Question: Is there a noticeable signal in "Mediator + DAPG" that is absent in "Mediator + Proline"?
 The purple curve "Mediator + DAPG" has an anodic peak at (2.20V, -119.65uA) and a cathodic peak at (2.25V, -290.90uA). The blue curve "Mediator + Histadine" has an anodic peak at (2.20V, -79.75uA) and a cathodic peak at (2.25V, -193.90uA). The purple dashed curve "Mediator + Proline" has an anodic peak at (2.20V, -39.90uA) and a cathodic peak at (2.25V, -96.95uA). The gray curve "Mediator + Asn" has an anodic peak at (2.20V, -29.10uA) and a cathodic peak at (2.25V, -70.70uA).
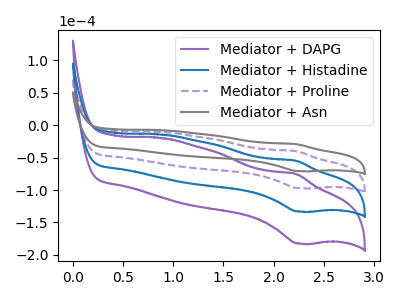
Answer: <think>All the peaks in "Mediator + DAPG" have a peak in "Mediator + Proline" at the same potential.
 </think>
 <answer>No, "Mediator + DAPG" and "Mediator + Proline" don't appear to be significantly different in shape</answer>
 <eval>no_change</eval>